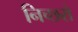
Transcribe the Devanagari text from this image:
निच्छरो